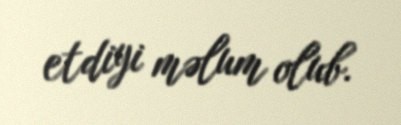
etdiyi məlum olub.